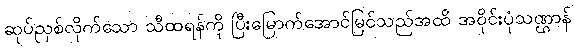
ဆုပ်ညှစ်လိုက်သော သီထရန်ကို ပြီးမြောက်အောင်မြင်သည်အထိ အဝိုင်းပုံသဏ္ဌာန်